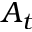
A _ { t }